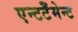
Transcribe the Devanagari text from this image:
एन्टटेँमेन्ट